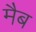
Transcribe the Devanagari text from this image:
मैब